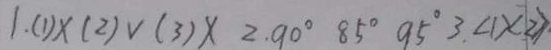
1 . ( 1 ) \times ( 2 ) v ( 3 ) \times 2 . 9 0 ^ { \circ } 8 5 ^ { \circ } 9 5 ^ { \circ } 3 \angle 1 \times 2 )